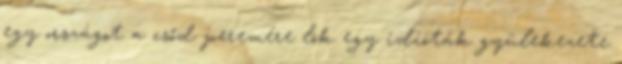
egy országot a csőd peremére lök egy idióták gyülekezete